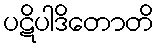
ပဋိပါဒိတောတိ